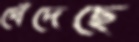
ধেঁদেছে